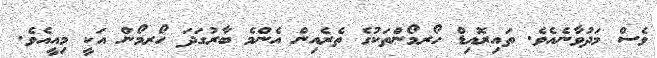
ވެސް މަދުވާނެއެވެ. ތައިރޮއިޑް ހޯރމޯންތަކުގެ ތެރެއިން އެންމެ ބާރުގަދަ ހޯރމޯން އަކީ މިއީއެވެ.